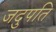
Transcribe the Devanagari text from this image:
जदुपति